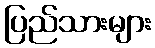
ပြည်သားများ